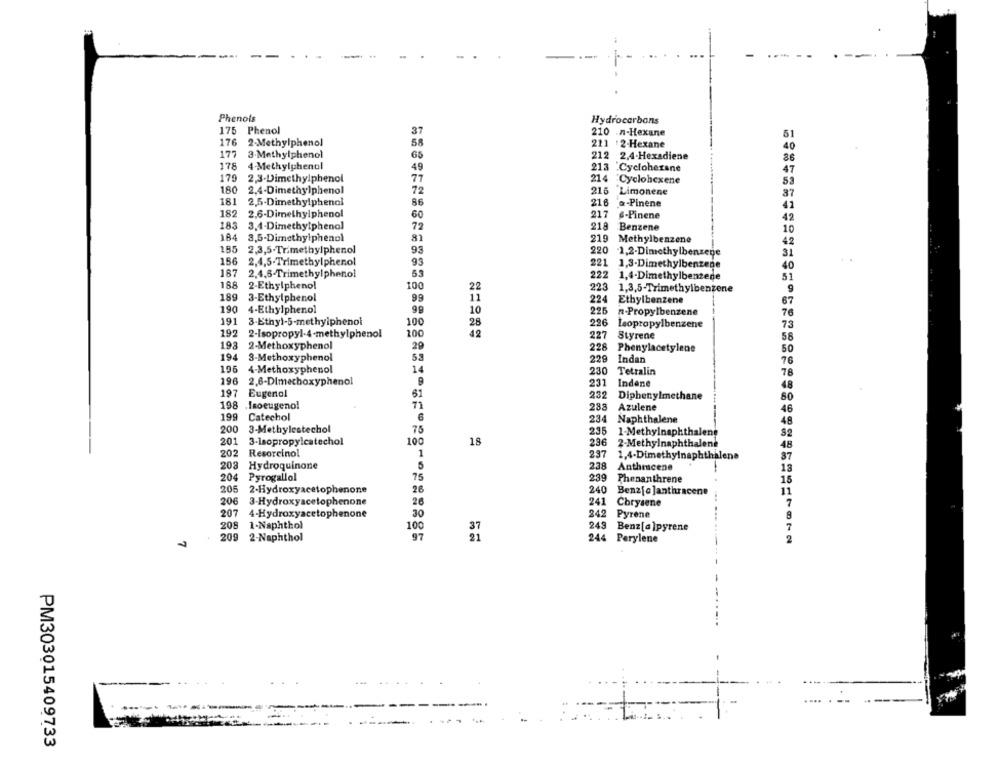
-
Phenols
Hydrocarbons
175
Phenol
37
210 .n-Hexane
51
176
2-Methylphenol
58
211 :2-Hexane
40
177
3-Methylphenol
212
65
2,4-Hexadiene
86
178
4-Methylphenol
49
213 Cyclohexane
47
179
2,3-Dimethylphenol
77
214
"Cyclohexene
180
2,4-Dimethylphenol
72
216
Limonene
37
181
2,5-Dimethylphenol
86
216
a-Pinene
41
182
2,6-Dimethylphenol
60
217
6-Pinene
42
183
3.4-Dimethylphenal
72
218
Benzene
10
184
3,5-Dimethylphenol
81
219
Methylbenzene
42
185
2,3,5-Trimethylphenol
93
220
-1,2-Dimethylbenzene
31
156
2,4,5-Trimethylphenol
93
221
1,3-Dimethylbenzene
40
187
2.4,6-Trimethylphenol
55
222
1.4-Dimethylbenzene
51
188
100
2-Ethylphenol
22
223
1.3,5-Trimethylbenzene
9
189
3-Ethylphenol
99
224
Ethylbenzene
67
190
4-Ethylphenol
10
225
n-Propylbenzene
76
191
3-Ethyl-5-methylphenol
100
28
226
73
Isopropylbenzene
192
2-Isopropyl-4-methylphenol
100
42
227
Styrene
58
193
2-Methoxyphenol
29
228
Phenylacetylene
50
194
3-Methoxyphenol
229
229 Indan
76
196
14
4-Methoxyphenol
230
Tetralin
78
196
2.6-Dimechoxyphenol
231
Indene
48
31
197
Eugenol
232
Diphenylmethane
80
198
Isoeugenol
71
288
Azulene
46
199
Catechol
234
Naphthalene
48
200
3-Methylestechol
75
235
1-Methylnaphthalene
201
3-Isopropylcatechol
100
18
236
2-Methylnaphthalene
48
202
Resorcinol
1
237
1,4-Dimethylnaphthalene
37
208
Hydroquinone
5
238
Anthmicene
18
204
75
Pyrogallol
239
Phenanthrene
205
2-Hydroxyacetophenone
240
Benz[c ]anthracene
11
206
3-Hydroxyacetophenone
26
241
Chrysene
7
207
4-Hydroxyacetophenone
30
242
Pyrene
8
208
1-Naphthol
100
243
Benz[a]pyrene
7
209
2-Naphthol
97
244
Perylene
2
PM303015409733